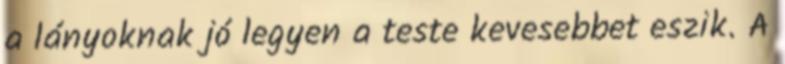
a lányoknak jó legyen a teste kevesebbet eszik. A